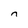
Character: n